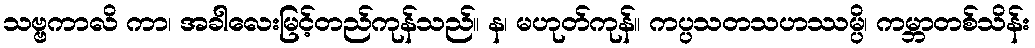
သဗ္ဗကာလိ ကာ၊ အခါလေးမြင့်တည်ကုန်သည်။ န၊ မဟုတ်ကုန်။ ကပ္ပသတသဟဿမ္ပိ၊ ကမ္ဘာတစ်သိန်း